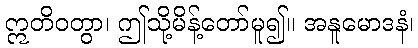
ဣတိဝတွာ၊ ဤသို့မိန့်တော်မူ၍။ အနူမောဒနံ၊